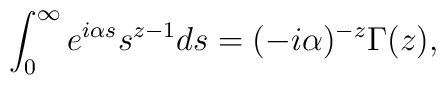
\int_0^\infty e^{i\alpha s}s^{z-1}ds=(-i\alpha)^{-z}\Gamma(z),